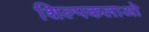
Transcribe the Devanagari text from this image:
शिल्‍पकलाओ